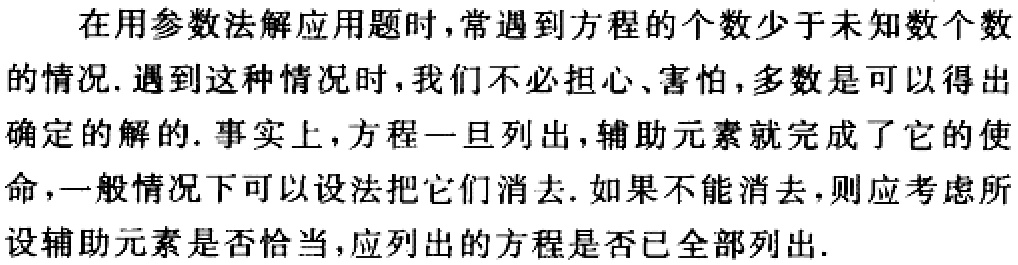
在用参数法解应用题时,常遇到方程的个数少于未知数个数

的情况. 遇到这种情况时,我们不必担心、害怕,多数是可以得出

确定的解的. 事实上,方程一旦列出,辅助元素就完成了它的使

命,一般情况下可以设法把它们消去. 如果不能消去,则应考虑所

设辅助元素是否恰当,应列出的方程是否已全部列出.